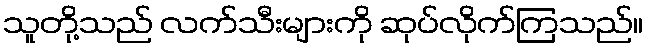
သူတို့သည် လက်သီးများကို ဆုပ်လိုက်ကြသည်။